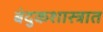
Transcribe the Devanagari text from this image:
बंदुकशास्त्रात